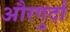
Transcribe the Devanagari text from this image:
औरगुर्दा